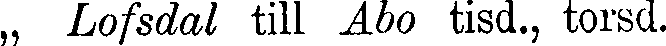
„ Lofsdal till Abo tisd., torsd.